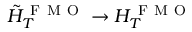
\tilde { H } _ { T } ^ { \mathrm { ~ F ~ M ~ O ~ } } \rightarrow { H } _ { T } ^ { \mathrm { ~ F ~ M ~ O ~ } }